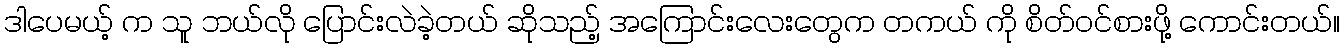
ဒါပေမယ့် က သူ ဘယ်လို ပြောင်းလဲခဲ့တယ် ဆိုသည့် အကြောင်းလေးတွေက တကယ် ကို စိတ်ဝင်စားဖို့ ကောင်းတယ်။